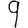
Digit: 9